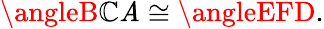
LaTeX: \angleB\mathbb{C}\mathit{A}\cong\angleEFD.